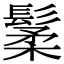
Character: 䰆